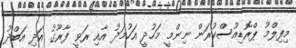
މިފިލްމު ޕްރޮޑިއުސްކުރަން ނިންމީ މަހުދީ އަހުމަދު އާއި ރަވީ ފާރޫގު އަދި އަބްދު